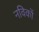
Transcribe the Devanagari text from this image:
नविकों